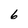
Character: 6